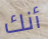
أنك